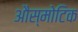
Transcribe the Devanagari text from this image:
औस्मोटिक